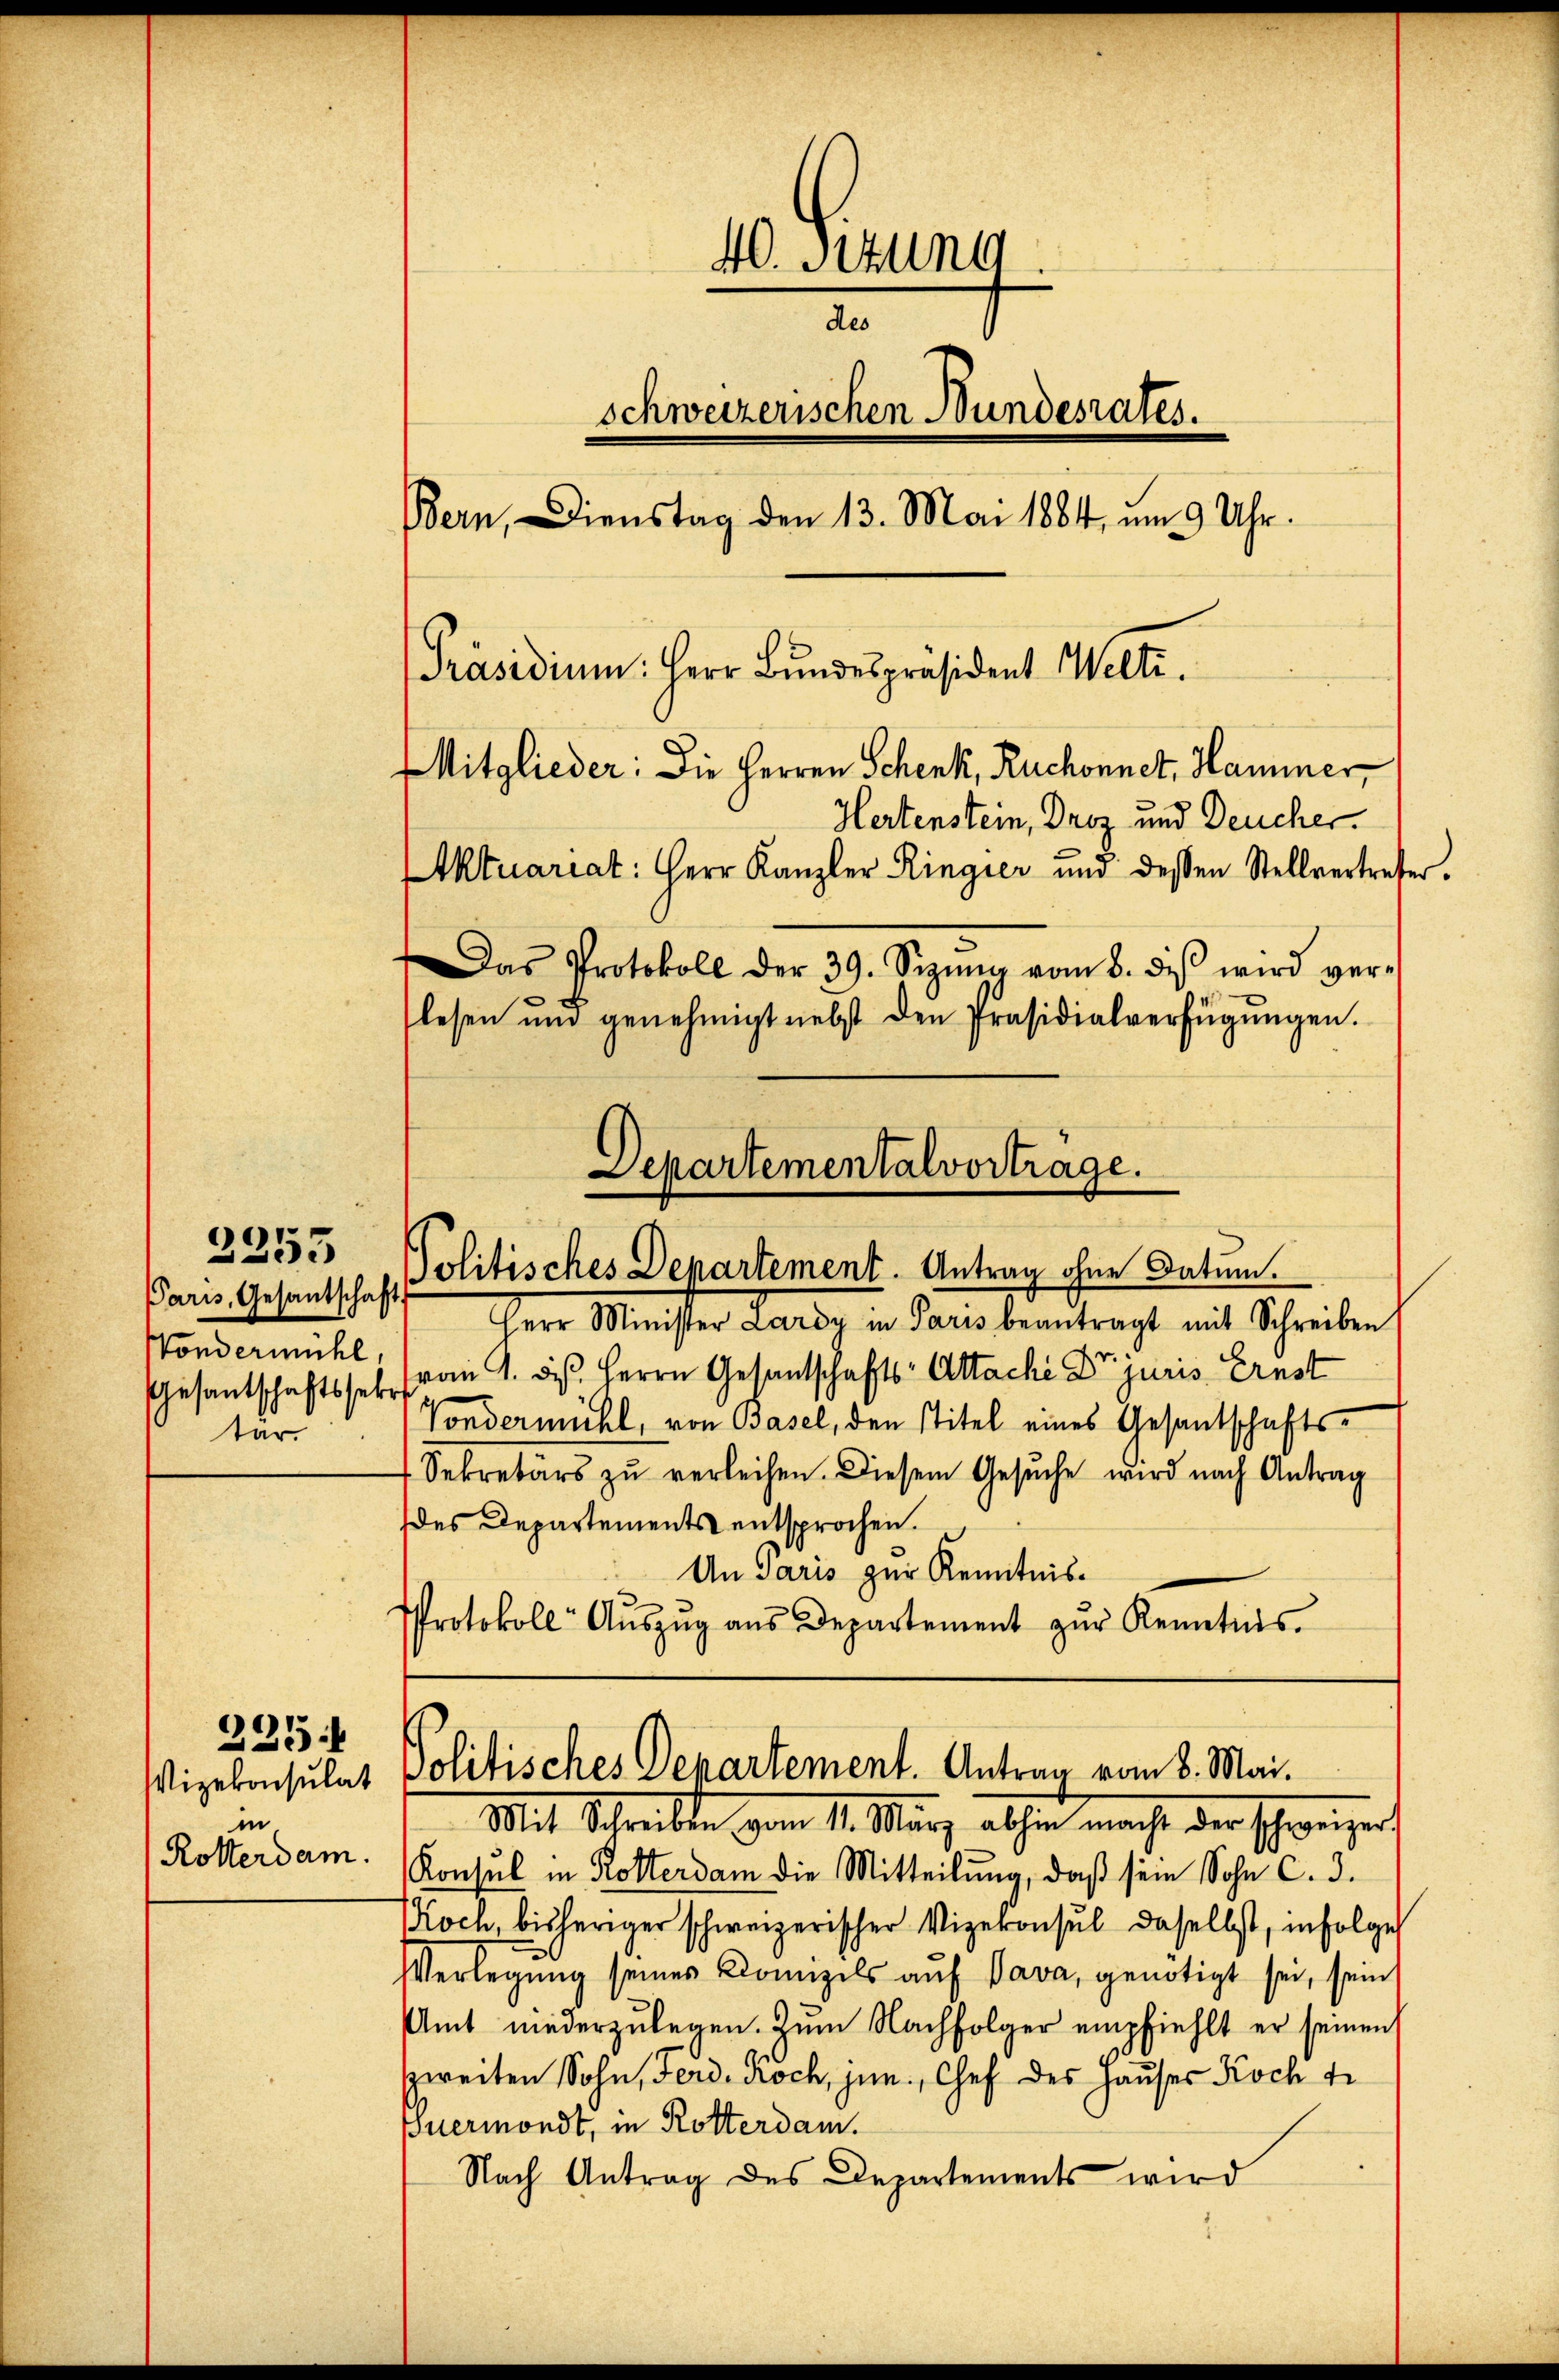
2353

Paris, Gesantschaf
Vondermühl,
Gesantschaftsset
tär

in
Rotterdam.

235

40. Stung
des
schweizerischen Bundesrates.
Bern, Dienstag den 13. Mai 1884, um 9 Uhr.
[Präsidium. Herr Bundespräsident Welti.
Mitglieder: Die Herren Schenk, Ruchonnet, Hammer
Hertenstein, Droz und Deucher.
Aktuariat: Herr Kanzler Ringier und dessen Stellvertreter.
Das Protokoll der 39. Sizŭng vom 8. diβ wird ver-
lesen ŭnd genehmigt nebst den Präsidialverfügŭngen.

Herr Minister Lardy in Paris beantragt mit Schreiben
(vom 1. des Herrn Gesantschafts-Attache Dr. juris Ernst
Tondermühl, von Basel, den Titel eines Gesantschafts¬
Sekretärs zŭ verleihen. Diesem Gesŭche wird nach Antrag
des Departements entsprochen.
An Paris zur Kenntnis¬
Protokoll- Aŭszŭg aŭs Departement zŭr Kenntnis.

Departementalvortrage.
Politisches Departement. Antrag ohne Datum.

Vizekonsulat Politisches Departement. Antrag vom 8. Mai.
Mit Schreiben vom 11. März abhin macht der schweizer

Konsul in Rotterdam die Mitteilung, daß sein Sohn C. d.
Koch, bisheriger schweizerischer Vizekonsul daselbst, infolge
VVerlegung seines Konzils auf Java, genötigt sei, sein
Amt niederzulegen. Zum Nachfolger empfiehlt er seinen
zweiten Sohn, Ferd. Noch jun., Chef des Hauses Koch tr
Euermondt, in Rotterdam.
Nach Antrag des Departements wird